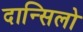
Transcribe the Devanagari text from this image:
दान्सिलो